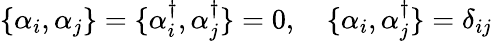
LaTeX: \begin{array}{r}{\{ \alpha_{i},\alpha_{j}\} =\{ \alpha_{i}^{\dagger},\alpha_{j}^{\dagger}\} =0,\quad\{ \alpha_{i},\alpha_{j}^{\dagger}\} =\delta_{ij}}\end{array}